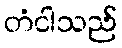
တံငါသည်